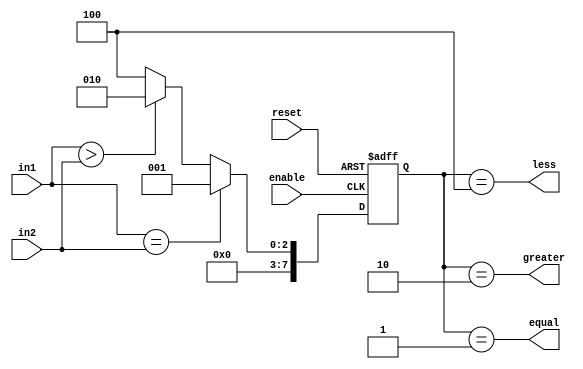
module comparator(
    input [7:0] in1,
    input [7:0] in2,
    input enable,
    input reset,
    output wire equal,
    output wire greater,
    output wire less
);

reg [7:0] result;

always @ (posedge enable or posedge reset) begin
    if (reset) begin
        result <= 8'b0;
    end
    else begin
        if (in1 == in2) begin
            result <= 8'b1;
        end
        else if (in1 > in2) begin
            result <= 8'b10;
        end
        else begin
            result <= 8'b100;
        end
    end
end

assign equal = (result == 8'b1);
assign greater = (result == 8'b10);
assign less = (result == 8'b100);

endmodule